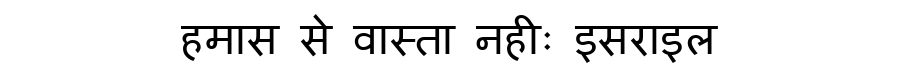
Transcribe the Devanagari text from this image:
हमास से वास्ता नहीः इसराइल